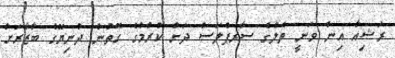
ރަޝިއާ އިން ވަނީ ތެލުގެ ސާރޕްލަސް ދަށް ކުރުމުގެ ގޮތުން ދުނިޔޭގެ ބާޒާރަށް